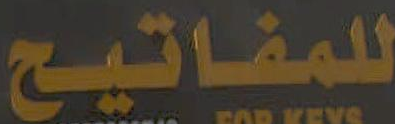
للمفاتيح